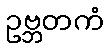
ဥဗ္ဘတကံ